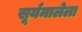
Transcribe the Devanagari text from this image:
सूर्यमालेला